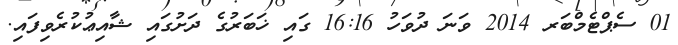
01 ސެޕްޓެމްބަރ 2014 ވަނަ ދުވަހު 16:16 ގައި ޚަބަރުގެ ދަށުގައި ޝާއިޢުކުރެވިފައި.